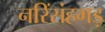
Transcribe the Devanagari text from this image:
नरिंसंहगड़